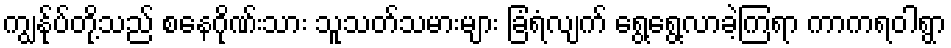
ကျွန်ုပ်တို့သည် စနေဂိုဏ်းသား သူသတ်သမားများ ခြံရံလျက် ရွေ့ရွေ့လာခဲ့ကြရာ ကာကရဝါရွာ